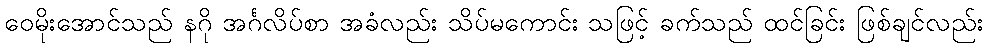
ဝေမိုးအောင်သည် နဂို အင်္ဂလိပ်စာ အခံလည်း သိပ်မကောင်း သဖြင့် ခက်သည် ထင်ခြင်း ဖြစ်ချင်လည်း